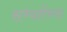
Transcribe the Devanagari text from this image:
सभ्यतेंच्या